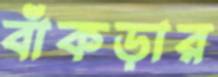
বাঁকড়ার